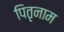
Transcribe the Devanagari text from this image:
पितृनाम